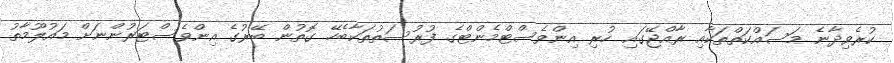
ކުރެވިދާނެ މަސައްކަތްތަކާއި ރާއްޖޭގައި ހުރި އިންވެސްޓްމެންޓްގެ ފުރުސަތުތަކާބެހޭ ގޮތުން ބޭރުގެ އިންވެސްޓަރުންނަށް މައުލޫމާތު